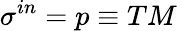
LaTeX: \sigma^{in}=p\equiv TM